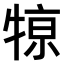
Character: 𤚒